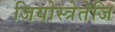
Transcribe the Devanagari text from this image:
जियोस्त्रेतेजि